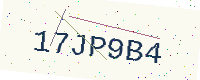
Text: 17JP9B4